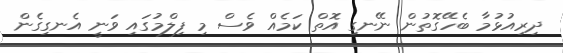
ދިރިއުޅުމާ ބެހޭގޮތުން ނޭނގި އޮތް ކަމެއް ވެސް މި ފިލްމުގައި ވަނީ އެނގިގެން